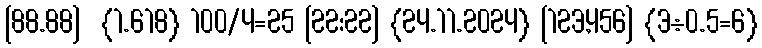
[88.88]  {1.618} 100/4=25 [22:22] {24.11.2024} [123,456] {3÷0.5=6}